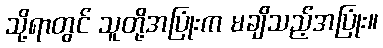
သို့ရာတွင် သူတို့အပြုံးက မချိသည့်အပြုံး။